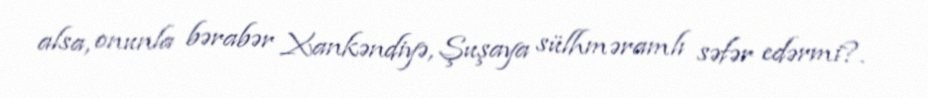
alsa, onunla bərabər Xankəndiyə, Şuşaya sülhməramlı səfər edərmi?.